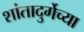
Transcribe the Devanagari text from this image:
शांतादुर्गेच्या